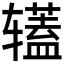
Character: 𰺡